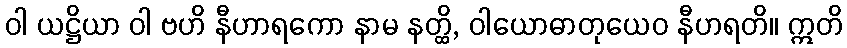
ဝါ ယဋ္ဌိယာ ဝါ ဗဟိ နီဟာရကော နာမ နတ္ထိ, ဝါယောဓာတုယေဝ နီဟရတိ။ ဣတိ